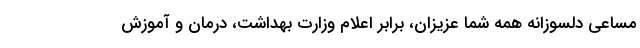
مساعی دلسوزانه همه شما عزیزان، برابر اعلام وزارت بهداشت، درمان و آموزش